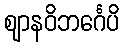
ဈာနဝိဘင်္ဂေပိ